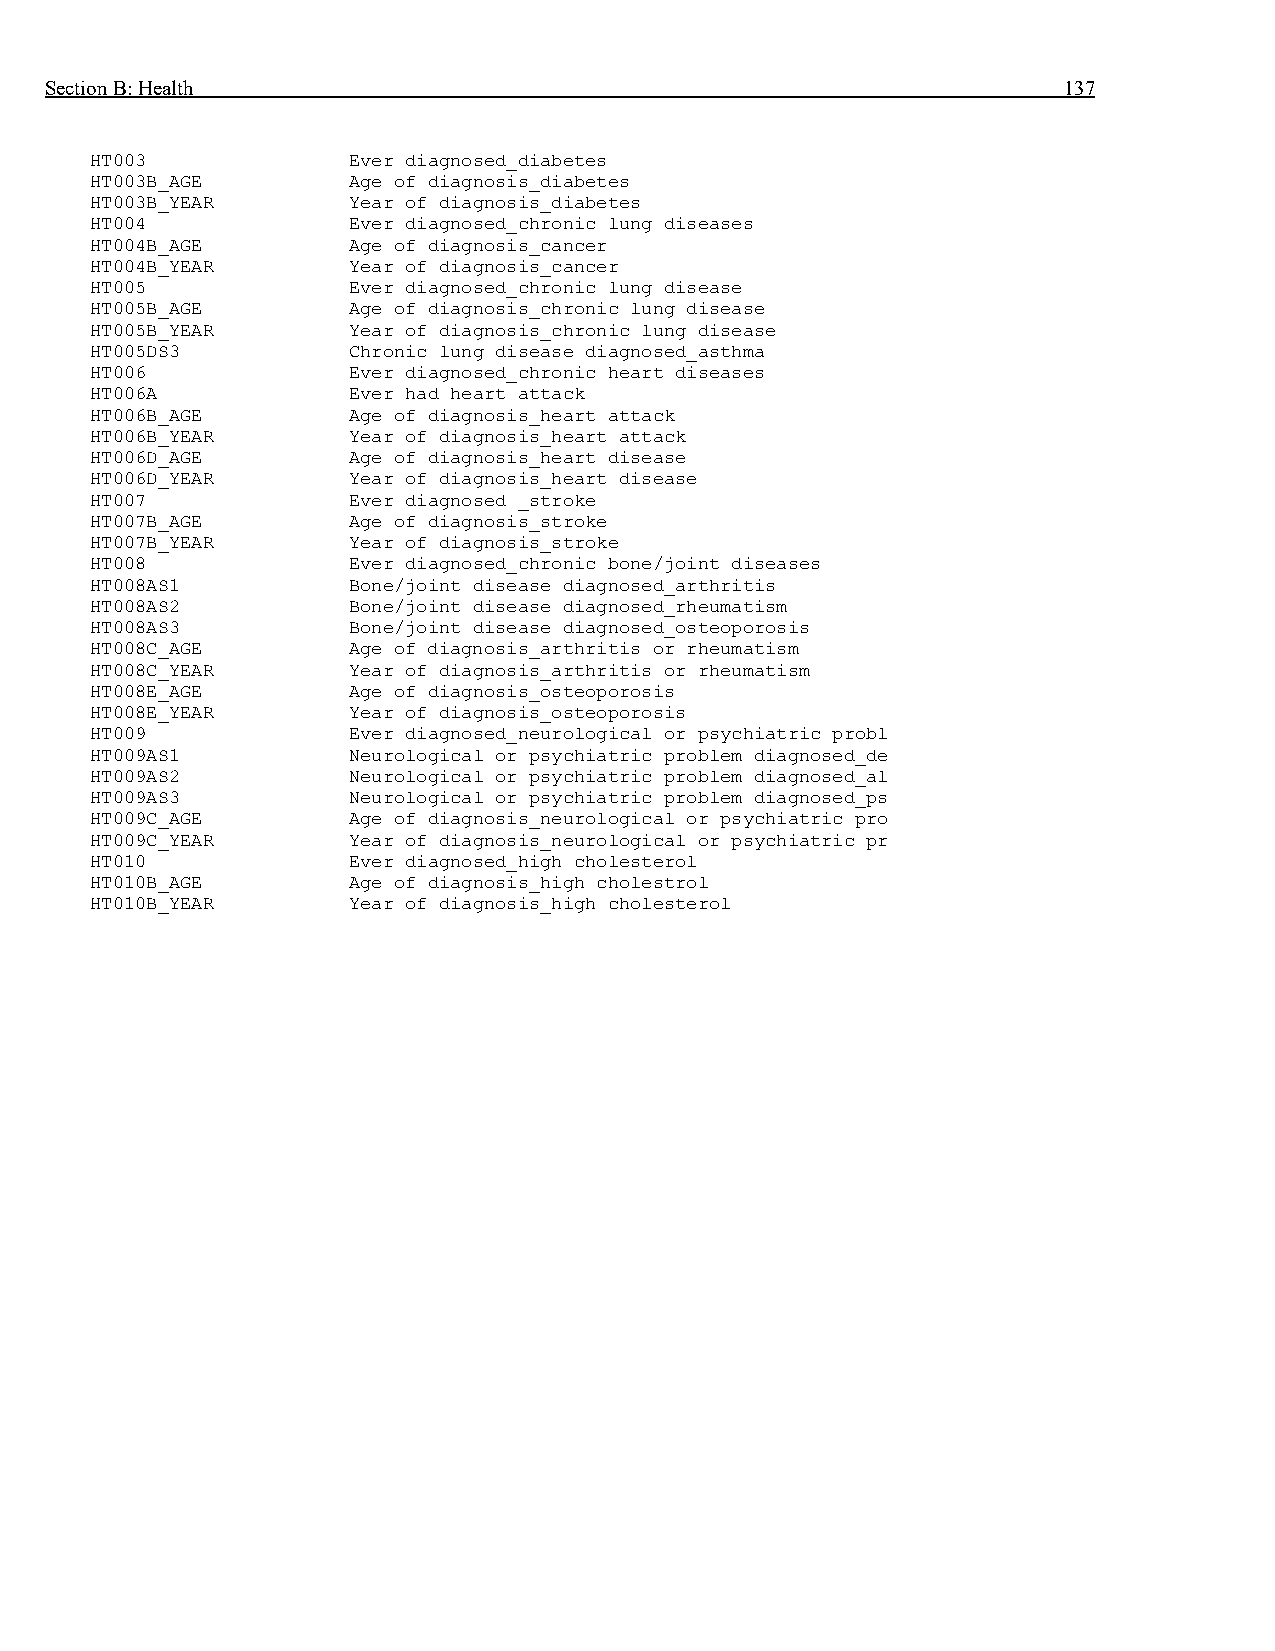
Section B: Health                                                  137
 HT003            Ever diagnosed_diabetes
 HT003B_AGE       Age of diagnosis_diabetes
 HT003B_YEAR      Year of diagnosis_diabetes
 HT004            Ever diagnosed_chronic lung diseases
 HT004B_AGE       Age of diagnosis_cancer
 HT004B_YEAR      Year of diagnosis_cancer
 HT005            Ever diagnosed_chronic lung disease
 HT005B_AGE       Age of diagnosis_chronic lung disease
 HT005B_YEAR      Year of diagnosis_chronic lung disease
 HT005DS3         Chronic lung disease diagnosed_asthma
 HT006            Ever diagnosed_chronic heart diseases
 HT006A           Ever had heart attack
 HT006B_AGE       Age of diagnosis_heart attack
 HT006B_YEAR      Year of diagnosis_heart attack
 HT006D_AGE       Age of diagnosis_heart disease
 HT006D_YEAR      Year of diagnosis_heart disease
 HT007            Ever diagnosed _stroke
 HT007B_AGE       Age of diagnosis_stroke
 HT007B_YEAR      Year of diagnosis_stroke
 HT008            Ever diagnosed_chronic bone/joint diseases
 HT008AS1         Bone/joint disease diagnosed_arthritis
 HT008AS2         Bone/joint disease diagnosed_rheumatism
 HT008AS3         Bone/joint disease diagnosed_osteoporosis
 HT008C_AGE       Age of diagnosis_arthritis or rheumatism
 HT008C_YEAR      Year of diagnosis_arthritis or rheumatism
 HT008E_AGE       Age of diagnosis_osteoporosis
 HT008E_YEAR      Year of diagnosis_osteoporosis
 HT009            Ever diagnosed_neurological or psychiatric probl
 HT009AS1         Neurological or psychiatric problem diagnosed_de
 HT009AS2         Neurological or psychiatric problem diagnosed_al
 HT009AS3         Neurological or psychiatric problem diagnosed_ps
 HT009C_AGE       Age of diagnosis_neurological or psychiatric pro
 HT009C_YEAR      Year of diagnosis_neurological or psychiatric pr
 HT010            Ever diagnosed_high cholesterol
 HT010B_AGE       Age of diagnosis_high cholestrol
 HT010B_YEAR      Year of diagnosis_high cholesterol